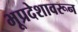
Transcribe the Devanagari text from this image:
भूप्रदेशावरून